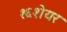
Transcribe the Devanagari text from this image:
१६शेयर